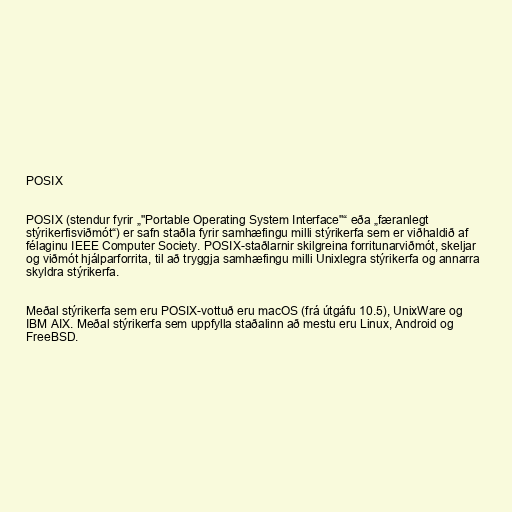
POSIX

POSIX (stendur fyrir „"Portable Operating System Interface"“ eða „færanlegt
stýrikerfisviðmót“) er safn staðla fyrir samhæfingu milli stýrikerfa sem er viðhaldið af
félaginu IEEE Computer Society. POSIX-staðlarnir skilgreina forritunarviðmót, skeljar
og viðmót hjálparforrita, til að tryggja samhæfingu milli Unixlegra stýrikerfa og annarra
skyldra stýrikerfa.

Meðal stýrikerfa sem eru POSIX-vottuð eru macOS (frá útgáfu 10.5), UnixWare og
IBM AIX. Meðal stýrikerfa sem uppfylla staðalinn að mestu eru Linux, Android og
FreeBSD.